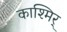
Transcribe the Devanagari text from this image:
काश्मिर्